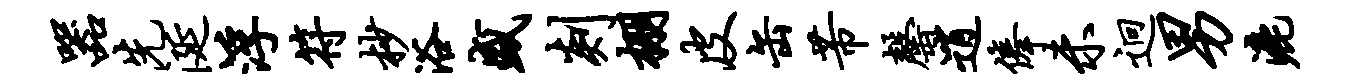
器先涎浮符杪浴盛剡棚皮缶芾罄逍俸未迥男漉